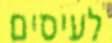
לעיסים